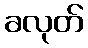
ခလုတ်